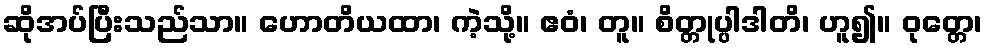
ဆိုအပ်ပြီးသည်သာ။ ဟောတိယထာ၊ ကဲ့သို့။ ဧဝံ၊ တူ။ စိတ္တုပ္ပါဒါတိ၊ ဟူ၍။ ဝုတ္တေ၊